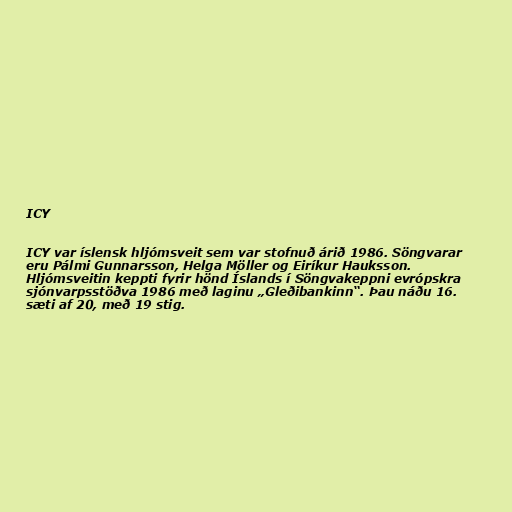
ICY

ICY var íslensk hljómsveit sem var stofnuð árið 1986. Söngvarar
eru Pálmi Gunnarsson, Helga Möller og Eiríkur Hauksson.
Hljómsveitin keppti fyrir hönd Íslands í Söngvakeppni evrópskra
sjónvarpsstöðva 1986 með laginu „Gleðibankinn“. Þau náðu 16.
sæti af 20, með 19 stig.